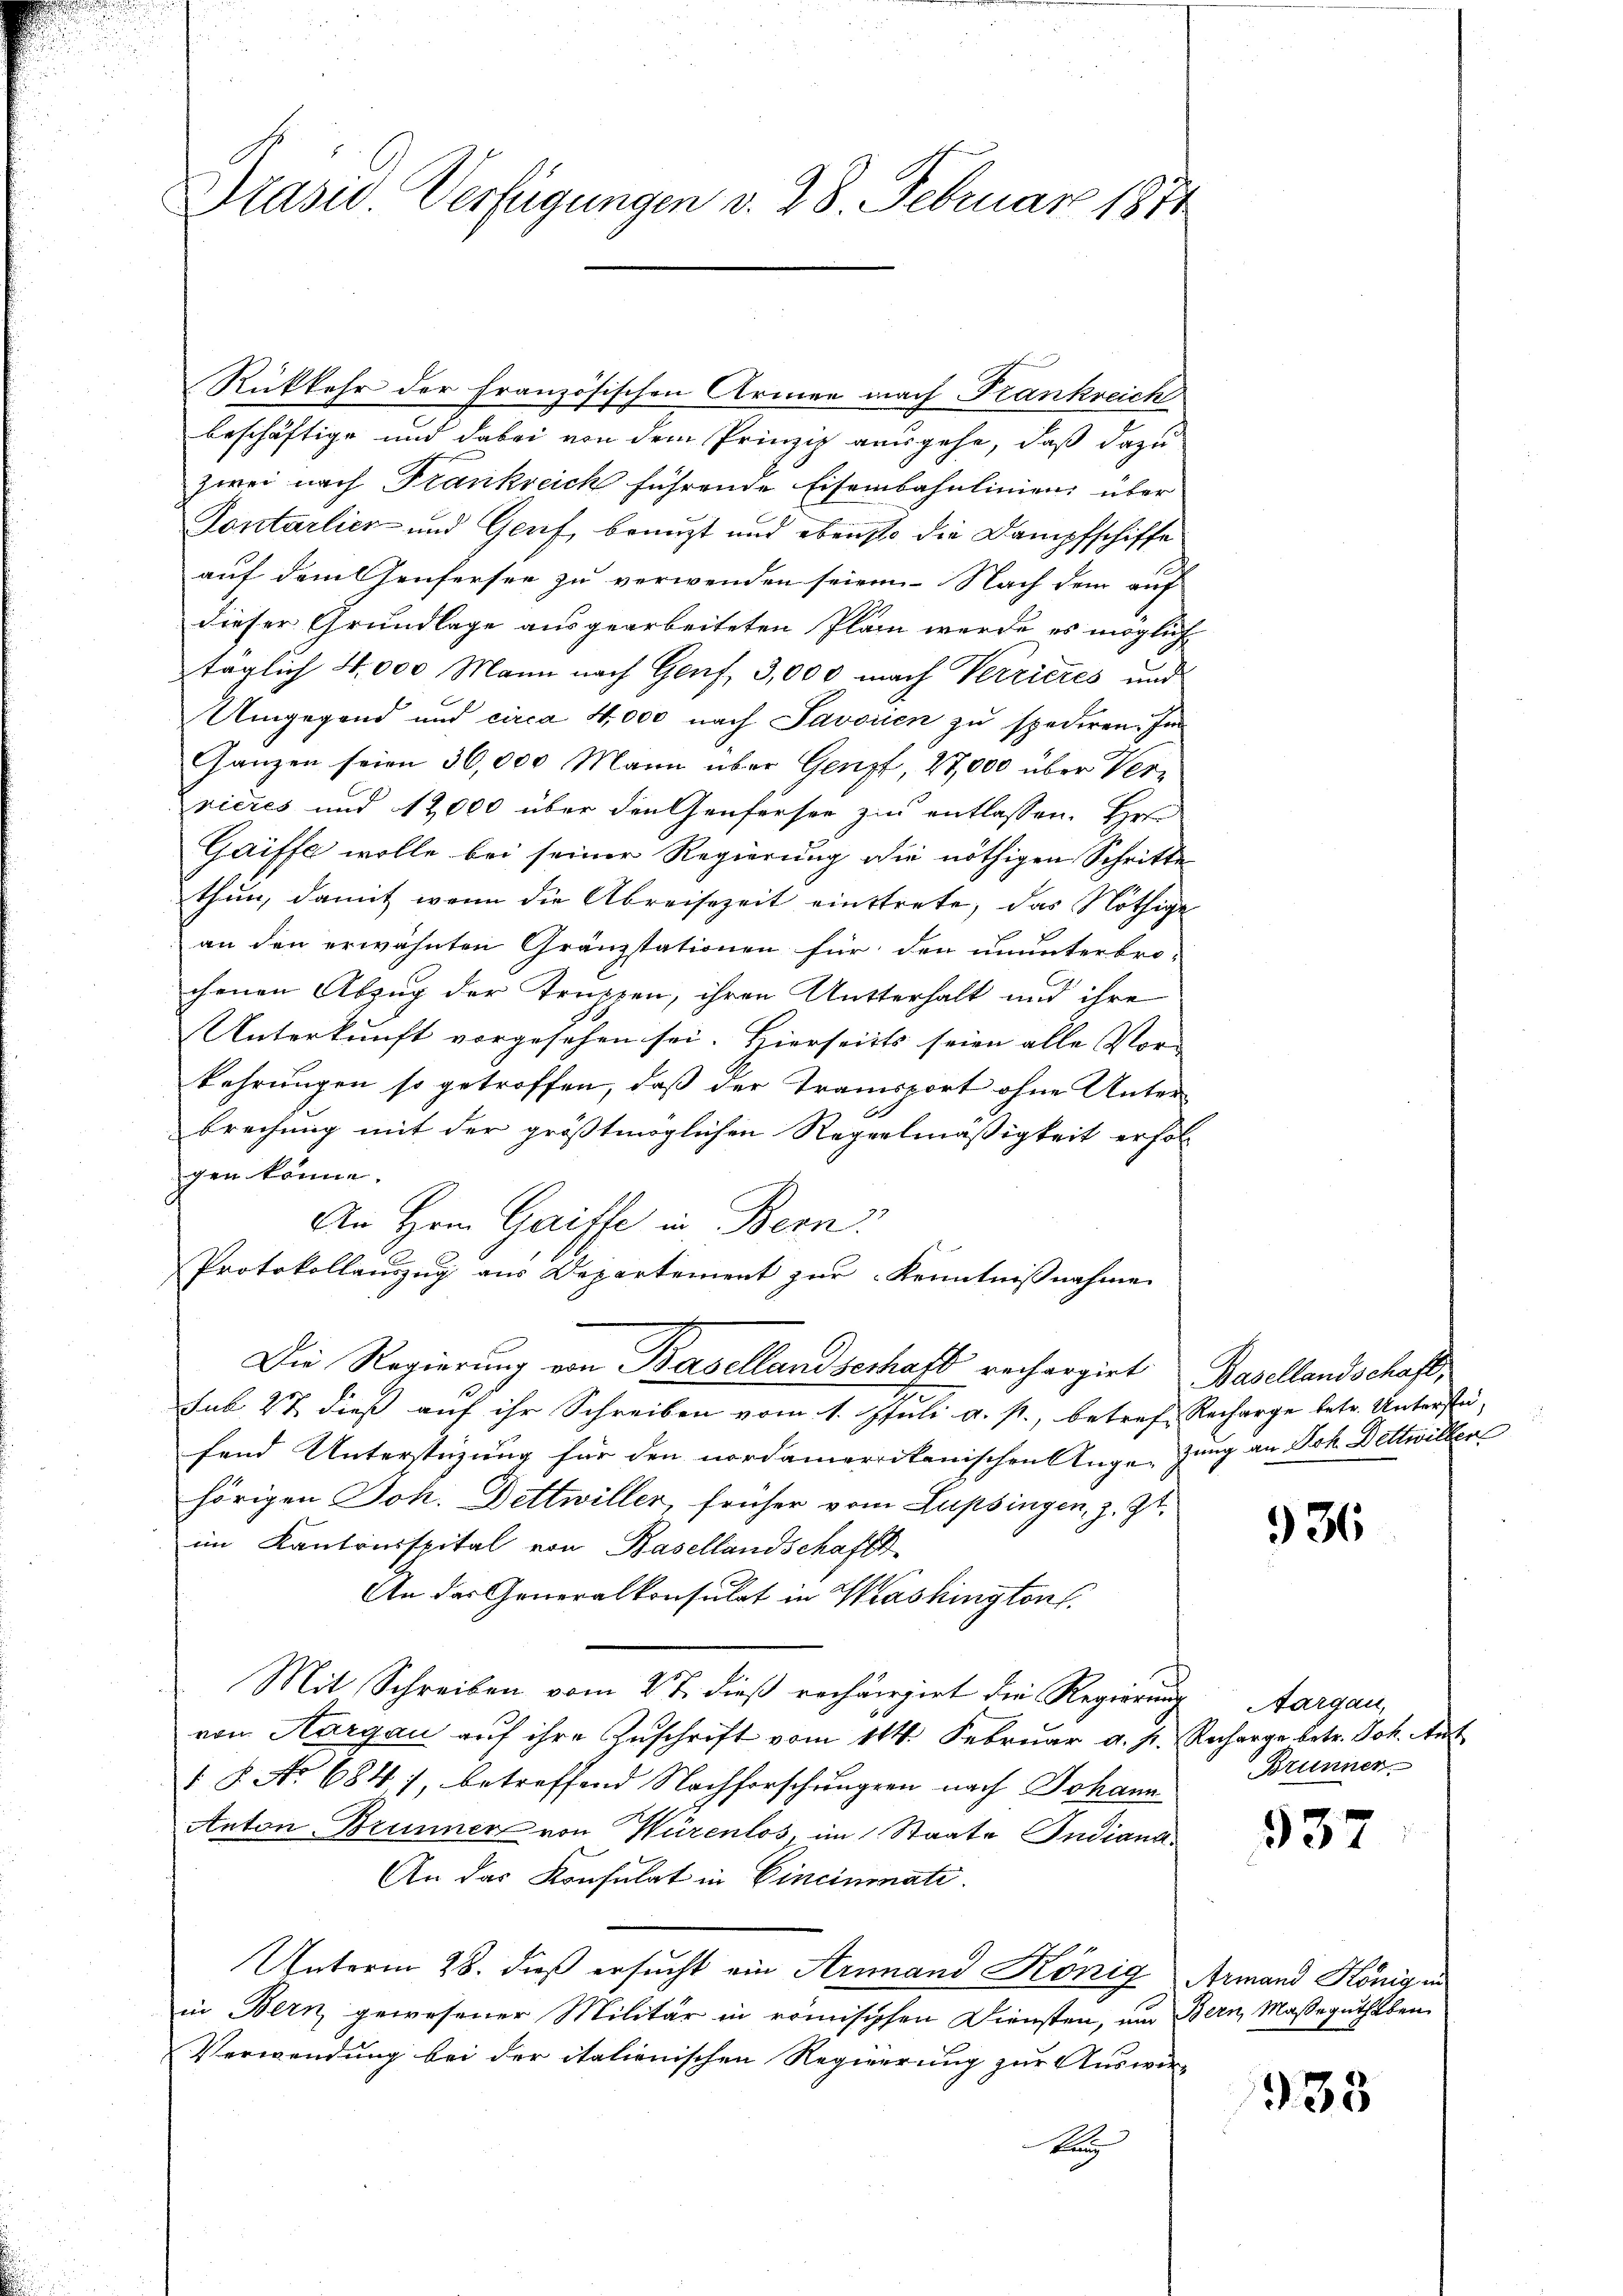
Präsid. Verfügungen v. 28. Februar 1874

Rükkehr der französischen Armen nach Frankreich
beschäftige und dabei von dem Prinzip ausgehe, daß dazu
zwei nach Frankreich führende Eisenbahnlinien, über
Contarlier und Genf, benuzt und ebenso die Dampfschiffe
auf dem Genfersee zu verwenden seien. Nach dem auf
dieser Grundlage ausgearbeiteten Plan werde es möglich
täglich 4,000 Mann nach Genf, 3,000 nach Verrieres und
Umgegend und circa 4,000 nach Javorien zu spediren. In
Ganzen seien 30,000 Mann über Genzt, 27,000 über Vervicres und 12000 über den Genfersee zu entlassen. Herrn
Gaiffe wolle bei seiner Regierung die nöthigen Schritte
thun, damit wenn die Abreisezeit einstrete, das Nöthige
an den erwähnten Gränzstationen für den ununterbro-
chenen Abzug der Truppen, ihren Autterhalt und ihre
Unterkunft vorgesehen sei. Hierseits seien alle Vor-
kehrungen so getroffen, daß der Transport ohne Unterbrechung mit der größtmöglichen Regelmäßigkeit erfolgen könne.
An Hrnn Gaiffe in Bern.
Protokollauszug aus Departement zur Kenntnißnahme
Die Regierung von Basellandschaft rechargirt Basellandschaft,
sub 27 dieß auf ihr Schreiben vom 1. Juli a. p., betref Recharge betr. Unterstü-
fend Unterstüzung für den nordamerikanischen Auge zung an Joh. Bettwillen
hörigen Joh. Dettwiller, früher vom Lupsingen, z. Zt.
im Kantonsspital von Basellandschafts
An das Generalkonsulat in Washington.
Mit Schreiben vom 27. dieß rechargirt die Regierung
von Aargau auf ihre Zuschrift vom 114. Februar a. p. Recharge betr. Joh. Ant
 8. No 684), betreffend Nachforschungen nach Johann
Anton Brunner von Würenlos, im Staate Indiana
An das Konsulat in Cincinati
Unterm 28. dieß ersucht ein Armmand König Armand König in
in Bern, gewesener Militär in romisischen Diensten, um Bern, Masse guthaben
Verwendung bei der italienischen Regierung zur Auswir-
ker

936

Aargau,
Brünner

937

933